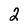
Character: 2